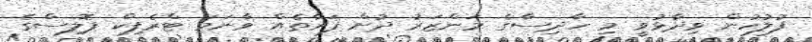
ފުލުހުން ވިދާޅުވީ މި ހާދިސާގެ މަންޒަރު ދުށް ފަރާތެއް ވާނަމަ ޓްރެފިކް ޕޮލިސްގެ